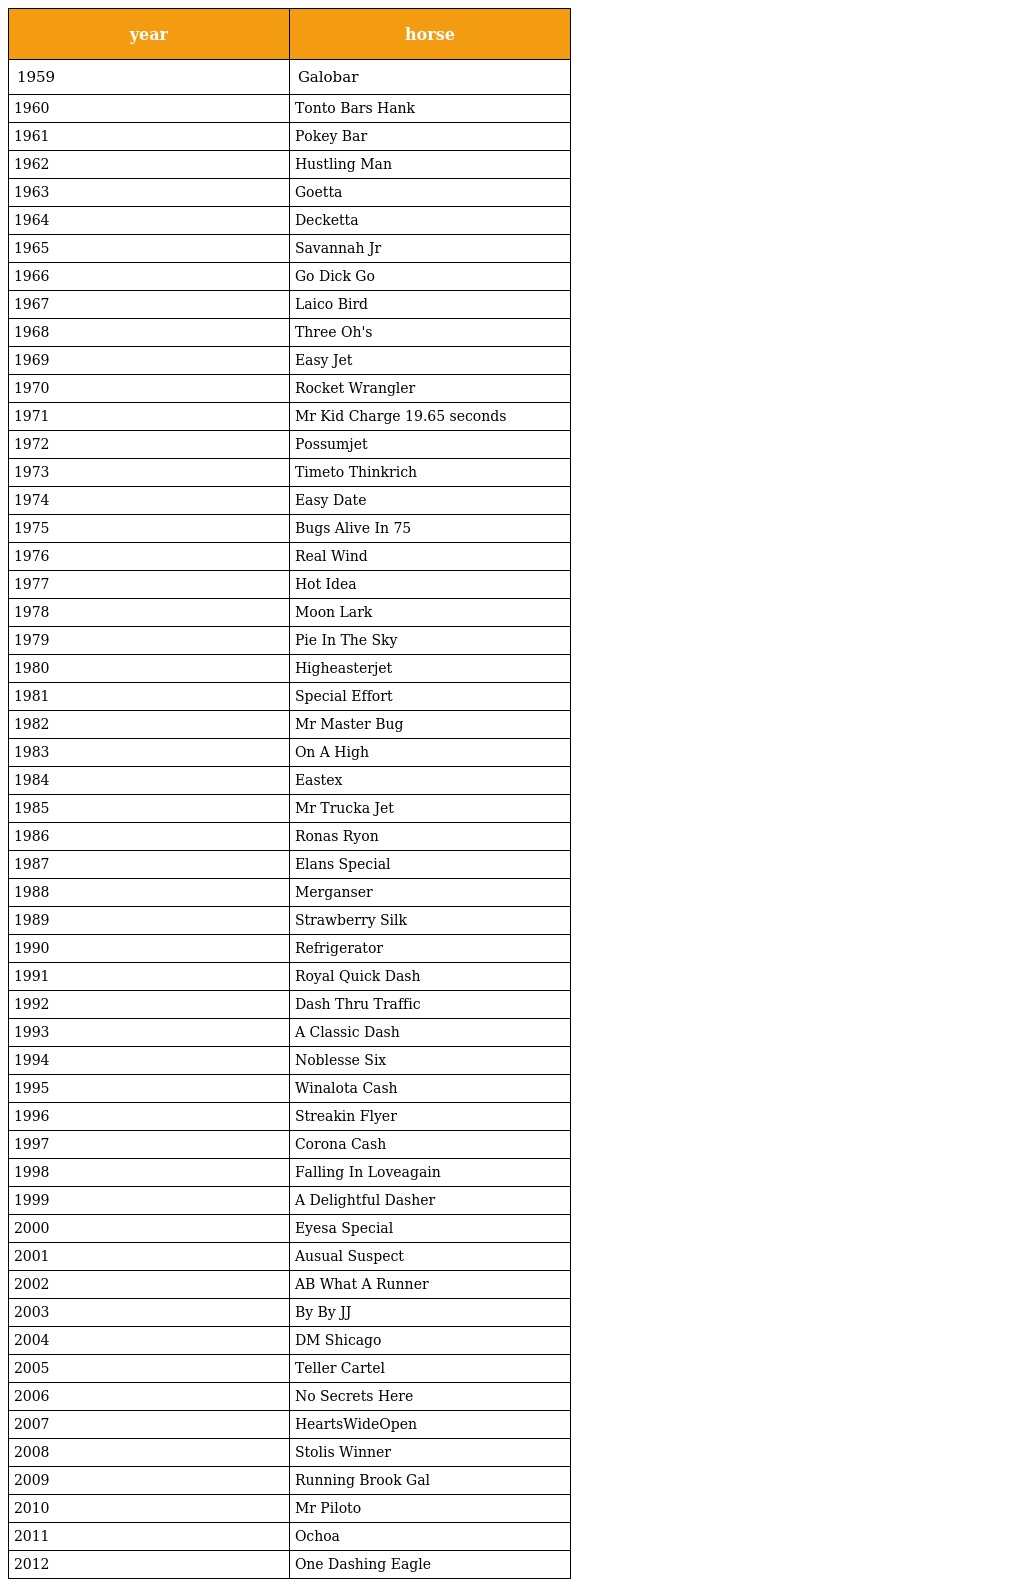
| year | horse |
 | --- | --- |
 | 1959 | Galobar |
 | 1960 | Tonto Bars Hank |
 | 1961 | Pokey Bar |
 | 1962 | Hustling Man |
 | 1963 | Goetta |
 | 1964 | Decketta |
 | 1965 | Savannah Jr |
 | 1966 | Go Dick Go |
 | 1967 | Laico Bird |
 | 1968 | Three Oh's |
 | 1969 | Easy Jet |
 | 1970 | Rocket Wrangler |
 | 1971 | Mr Kid Charge 19.65 seconds |
 | 1972 | Possumjet |
 | 1973 | Timeto Thinkrich |
 | 1974 | Easy Date |
 | 1975 | Bugs Alive In 75 |
 | 1976 | Real Wind |
 | 1977 | Hot Idea |
 | 1978 | Moon Lark |
 | 1979 | Pie In The Sky |
 | 1980 | Higheasterjet |
 | 1981 | Special Effort |
 | 1982 | Mr Master Bug |
 | 1983 | On A High |
 | 1984 | Eastex |
 | 1985 | Mr Trucka Jet |
 | 1986 | Ronas Ryon |
 | 1987 | Elans Special |
 | 1988 | Merganser |
 | 1989 | Strawberry Silk |
 | 1990 | Refrigerator |
 | 1991 | Royal Quick Dash |
 | 1992 | Dash Thru Traffic |
 | 1993 | A Classic Dash |
 | 1994 | Noblesse Six |
 | 1995 | Winalota Cash |
 | 1996 | Streakin Flyer |
 | 1997 | Corona Cash |
 | 1998 | Falling In Loveagain |
 | 1999 | A Delightful Dasher |
 | 2000 | Eyesa Special |
 | 2001 | Ausual Suspect |
 | 2002 | AB What A Runner |
 | 2003 | By By JJ |
 | 2004 | DM Shicago |
 | 2005 | Teller Cartel |
 | 2006 | No Secrets Here |
 | 2007 | HeartsWideOpen |
 | 2008 | Stolis Winner |
 | 2009 | Running Brook Gal |
 | 2010 | Mr Piloto |
 | 2011 | Ochoa |
 | 2012 | One Dashing Eagle |